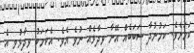
ކަމަށެވެ. ކަމުނުދާ ސަބަބެއް އޭނާ ވިދާޅެއް ނުވެ އެވެ. އެކަމަކު ވިދާޅުވީ އެ